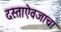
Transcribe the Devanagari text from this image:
दस्ताऐवजाचा